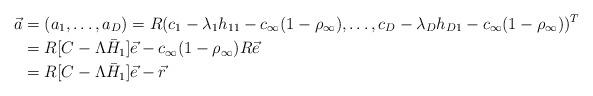
LaTeX: \begin{align*} \vec{a} &= (a_1,\ldots,a_D) = R(c_1 - \lambda_1 h_{11} - c_\infty(1-\rho_\infty),\ldots,c_D - \lambda_D h_{D1} - c_\infty(1-\rho_\infty))^T \\ &= R[C - \Lambda \bar{H}_1]\vec{e} - c_\infty(1-\rho_\infty)R\vec{e} \\ &= R[C - \Lambda \bar{H}_1]\vec{e} - \vec{r} \end{align*}